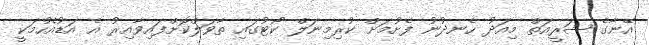
އޭނާގެ ޝަރީއަތް މިއަދު ހެނދުނު ފެށުމަށް ކުރިމިނަލް ކޯޓުގައި ތާވަލްކޮށްފައިވާއިރު އެ އަޑުއެހުމަކީ